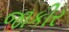
જાકીર